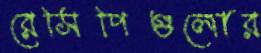
রেসিপিগুলোর